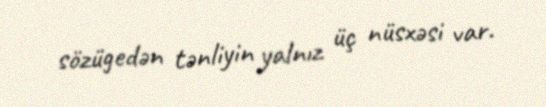
sözügedən tənliyin yalnız üç nüsxəsi var.